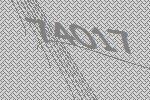
74017